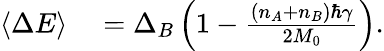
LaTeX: \begin{array}{rl}{\left\langle{\Delta E}\right\rangle}&{{}=\Delta_{B}\left(1-\frac{\left(n_{A}+n_{B}\right)\hbar\gamma}{2M_{0}}\right).}\end{array}